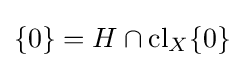
\{0\}=H\cap \operatorname {cl} _{X}\{0\}